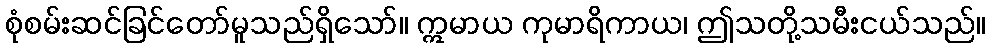
စုံစမ်းဆင်ခြင်တော်မူသည်ရှိသော်။ ဣမာယ ကုမာရိကာယ၊ ဤသတို့သမီးငယ်သည်။